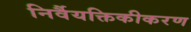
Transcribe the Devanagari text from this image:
निर्वैयक्तिकीकरण